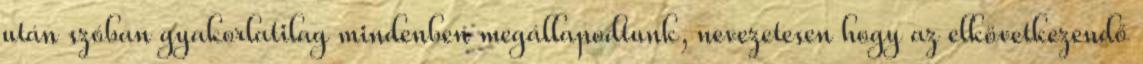
után szóban gyakorlatilag mindenben megállapodtunk, nevezetesen hogy az elkövetkezendő